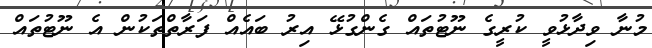
މުނާ ވިދާޅުވީ ކުރީގެ ނޫޓުތައް ގެންގުޅޭ އިރު ބައެއް ފަރާތްތަކުން އެ ނޫޓުތައް